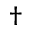
\dagger